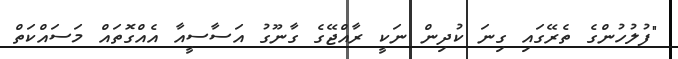
"ފުލުހުންގެ ތެރޭގައި ގިނަ ކުދިން ނަކީ ރާއްޖޭގެ ގާނޫގު އަސާސީއާ އެއްގޮތައް މަސައްކަތް